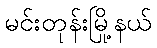
မင်းတုန်းမြို့နယ်